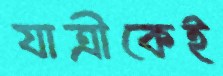
যাত্রীকেই